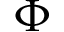
\Phi